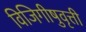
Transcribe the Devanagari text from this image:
विजिगीषुवृत्ती